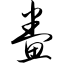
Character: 鲞